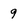
Character: 9